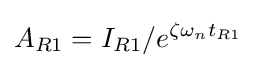
A_{R1}=I_{R1}/e^{\zeta \omega _{n}t_{R1}}